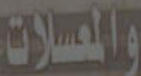
والمعسلات